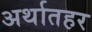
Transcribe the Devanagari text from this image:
अर्थातहर